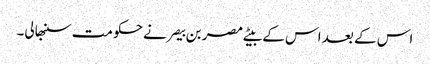
اس کے بعد اس کے بیٹے مصر بن بیصر نے حکومت سنبھالی۔